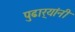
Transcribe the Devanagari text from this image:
पुढार्‍यांनी